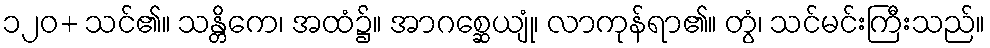
၁၂၀+ သင်၏။ သန္တိကေ၊ အထံ၌။ အာဂစ္ဆေယျုံ၊ လာကုန်ရာ၏။ တွံ၊ သင်မင်းကြီးသည်။